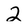
Character: 2